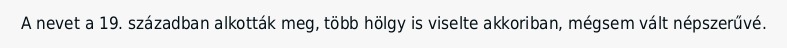
A nevet a 19. században alkották meg, több hölgy is viselte akkoriban, mégsem vált népszerűvé.